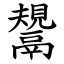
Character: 鬹